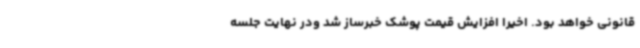
قانونی خواهد بود. اخیرا افزایش قیمت پوشک خبرساز شد ودر نهایت جلسه